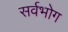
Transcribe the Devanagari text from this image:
सर्वभोग